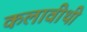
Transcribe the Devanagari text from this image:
कलावीथी